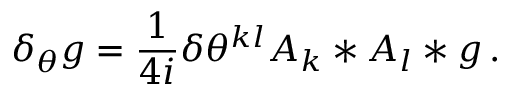
\delta _ { \theta } g = \frac 1 { 4 i } \delta \theta ^ { k l } A _ { k } * A _ { l } * g \, .